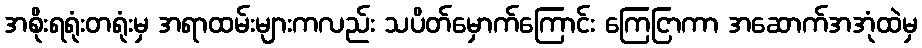
အစိုးရရုံးတရုံးမှ အရာထမ်းများကလည်း သပိတ်မှောက်ကြောင်း ကြေငြာကာ အဆောက်အအုံထဲမှ